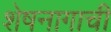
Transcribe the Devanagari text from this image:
शेषनागाची